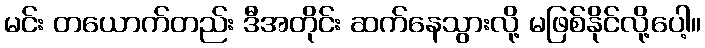
မင်း တယောက်တည်း ဒီအတိုင်း ဆက်နေသွားလို့ မဖြစ်နိုင်လို့ပေါ့။